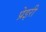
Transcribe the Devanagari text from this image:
प्रेइरी